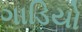
ગાડિયો